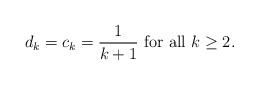
LaTeX: \begin{align*}d_k=c_k=\frac{1}{k+1}\mbox{ for all }k\geq 2. \end{align*}